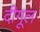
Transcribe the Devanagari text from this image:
दीगूल